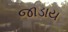
જાડાય